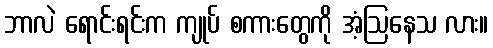
ဘာလဲ ရောင်းရင်းက ကျုပ် စကားတွေကို အံ့ဩနေသ လား။